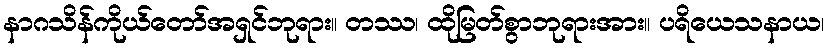
နာဂသိန်ကိုယ်တော်အရှင်ဘုရား။ တဿ၊ ထိုမြတ်စွာဘုရားအား။ ပရိယေသနာယ၊